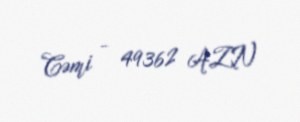
Cəmi - 49362 AZN